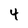
Character: 4